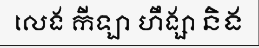
លេង កីឡា ហឹង្សា និង